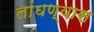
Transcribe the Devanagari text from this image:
लांघण्यास